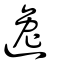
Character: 逸